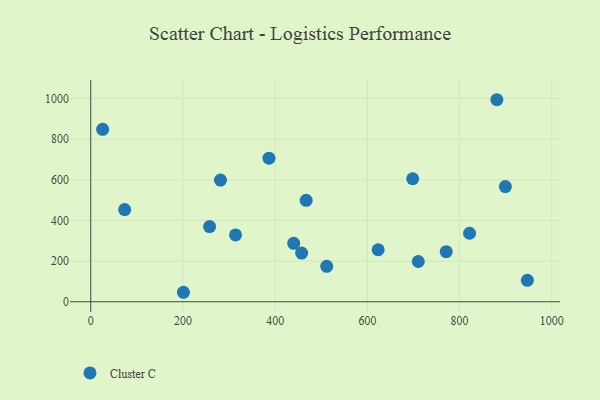
{"axis": {"x": "Investment", "y": "Yield"}, "legend": ["Cluster C"], "data": [{"x": "73.6", "y": 453.8, "type": "Cluster C"}, {"x": "899.2", "y": 566.6, "type": "Cluster C"}, {"x": "947.0", "y": 105.3, "type": "Cluster C"}, {"x": "698.3", "y": 605.2, "type": "Cluster C"}, {"x": "880.8", "y": 994.2, "type": "Cluster C"}, {"x": "201.1", "y": 46.6, "type": "Cluster C"}, {"x": "821.6", "y": 337.1, "type": "Cluster C"}, {"x": "710.4", "y": 198.1, "type": "Cluster C"}, {"x": "467.3", "y": 498.9, "type": "Cluster C"}, {"x": "771.0", "y": 246.2, "type": "Cluster C"}, {"x": "440.2", "y": 287.4, "type": "Cluster C"}, {"x": "511.8", "y": 174.3, "type": "Cluster C"}, {"x": "314.1", "y": 328.8, "type": "Cluster C"}, {"x": "457.4", "y": 239.7, "type": "Cluster C"}, {"x": "281.4", "y": 599.0, "type": "Cluster C"}, {"x": "386.6", "y": 706.5, "type": "Cluster C"}, {"x": "623.4", "y": 255.8, "type": "Cluster C"}, {"x": "25.8", "y": 848.5, "type": "Cluster C"}, {"x": "257.8", "y": 369.8, "type": "Cluster C"}]}